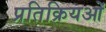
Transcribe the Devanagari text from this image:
प्रतिक्रियओं